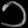
Digit: ၁